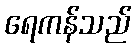
ရေကန်သည်